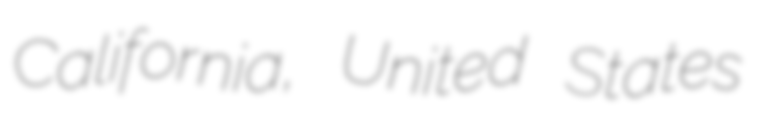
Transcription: California, United States